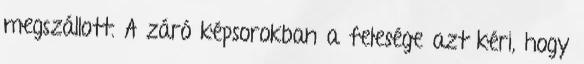
megszállott. A záró képsorokban a felesége azt kéri, hogy